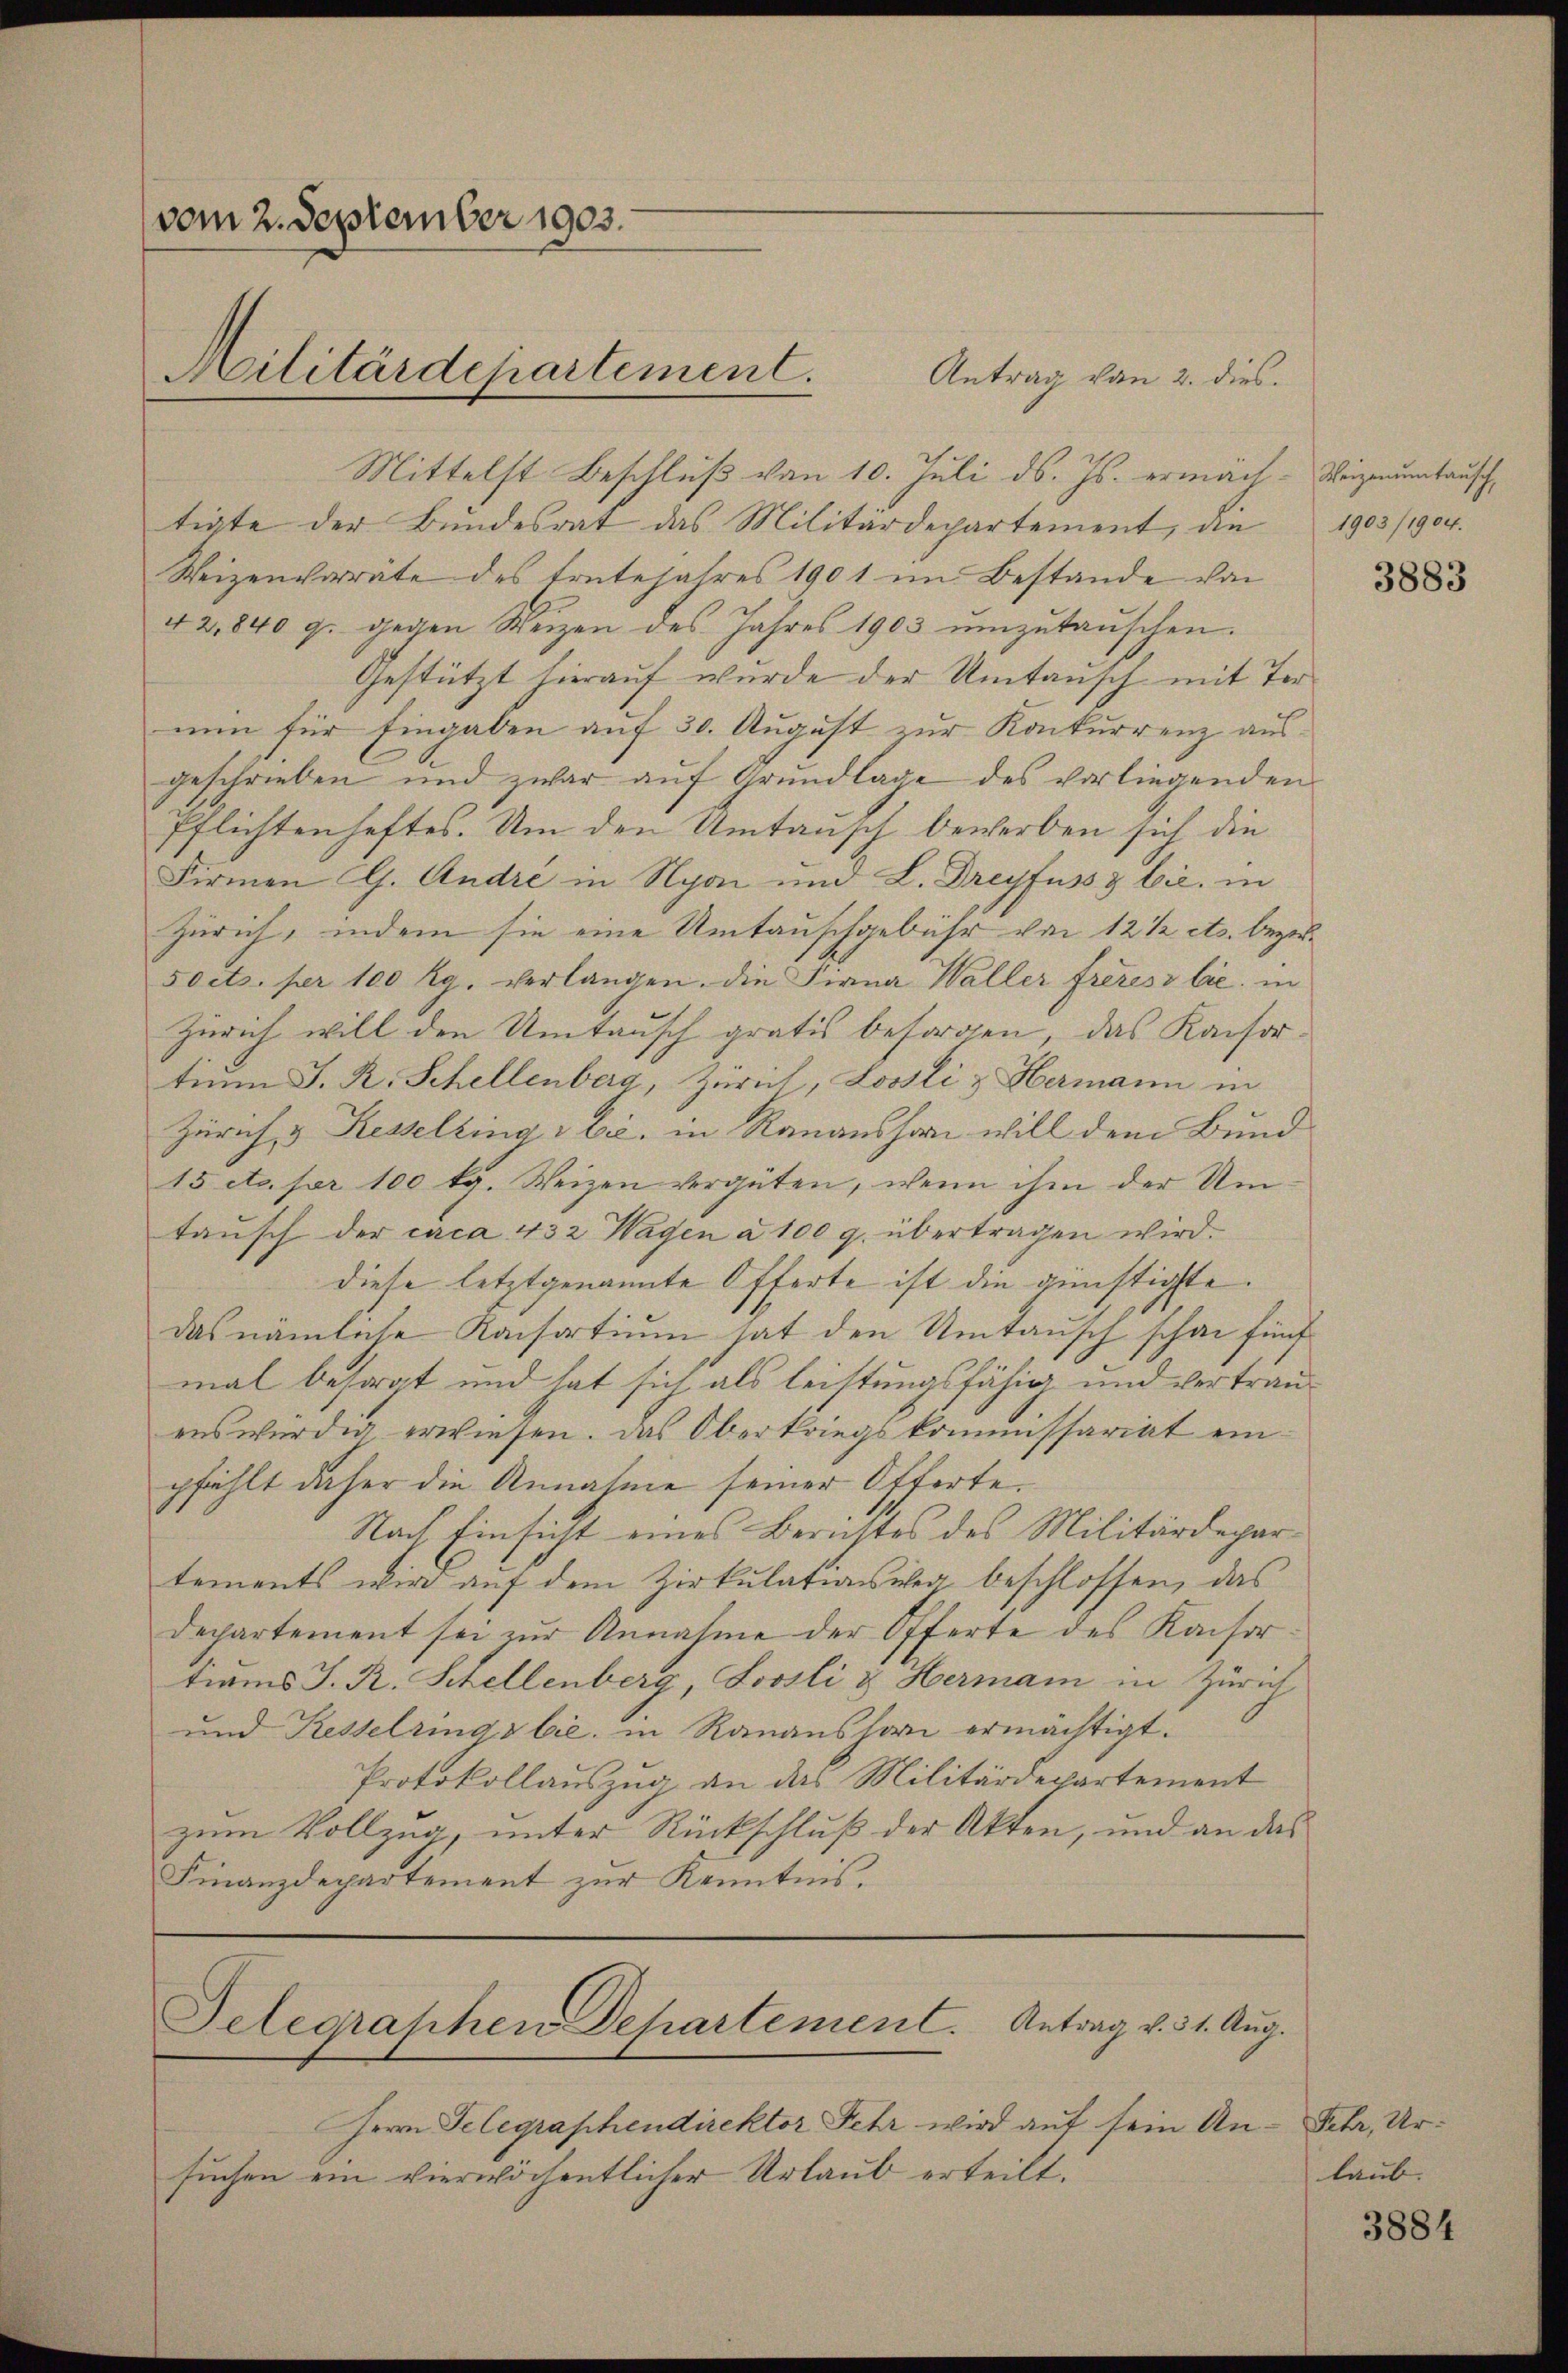
(vom 2. September 1903.
Militärdepartement.

Antrag von 2. dies
Mittelst Beschluß von 10. Juli d. Js. ermäch-Wigmuntausch
tigte der Bundesrat das Militärdepartement, die
Weizenvorräte des tretejahres 1901 im Bestande von
42,840 g. gegen Weizen des Jahres 1903 umzutauschen.
Gestützt hierauf wurde der Umtausch mit Ternun für Eingaben auf 30. August zur Konkurrenz ausgeschrieben und zwar auf Grundlage des vorliegenden
Pflichtenheftes. Um den Umtausch bewerben sich die
Firmen CG. Andre in Nyon und L. Dreyfuss & Cie in
Zürich, indem sie eine Umtauschgebühr von 12 ½ ets. bezeisoets. per 100 Rg. verlangen. Die Firna Waller freiesz lie in
Zürich will den Umtausch gratis besorgen, das Kaisortium J. R. Schellenberg, Zürich, Lossli & Hermann in
Zürich, & Kesseltings bie, in Ranaushar will dem Bund
15 etc. pr 100 kg. Weizen vergüten, wenn ihm der Um
taŭsch der caca 432 Wagen à 100 g. übertragen wird.
diese letztgenannte Offerte ist die günstigste
das nämliche Konsortium hat den Umtausch schon fünf
mal besorgt und hat sich als leistungsfähig und vertrauenswürdig erwiesen. Das Oberkriegskommissariat einpfählt daher die Annahme seiner Offerte.
Nach Einsicht eines Berichtes des Militärdepartements wird auf dem Zirkulationsweg beschlossen, das
departement sei zŭr Annahme der Offerte des Kaiser
tions J. R. Schellenberg, Soosli & Hermann in Zürich
und Kesselrings bie, in Rananshorn ermächtigt.
Protokollauszug an das Militärdepartement
zum Vollzug, unter Rückschluß der Akten, und an das
Finanzdepartement zur Kenntnis,

Gelegraphen Departement. Antrag v. 31. Aug.

Herrn Gelegraphendirektor Fehr wird auf sein Ansuchen ein vierwöchentlicher Urlaub erteilt.

1903/1904.

Fehr, Ur:
laub.

3883

3884